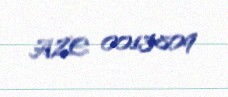
AZE 0013809